Cholera in southern India
Disease focus: Cholera
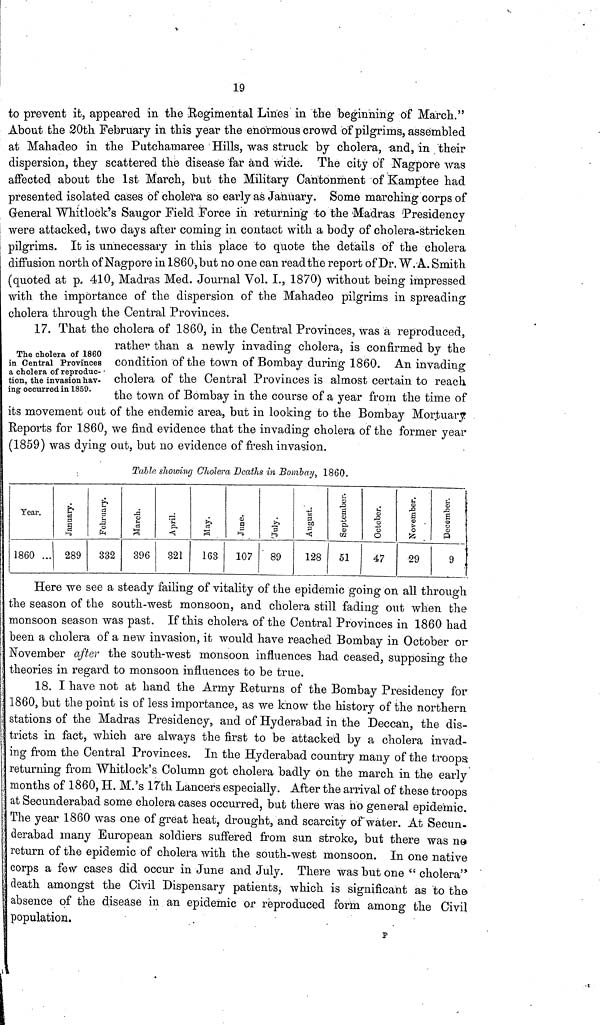
19
to prevent it, appeared in the Regimental Lines in the beginning of March."
About the 20th February in this year the enormous crowd of pilgrims, assembled
at Mahadeo in the Putchamaree Hills, was struck by cholera, and, in their
dispersion, they scattered the disease far and wide. The city of Nagpore was
affected about the 1st March, but the Military Cantonment of Kamptee had
presented isolated cases of cholera so early as January. Some marching corps of
General Whitlock's Saugor Field Force in returning to the Madras Presidency
were attacked, two days after coming in contact with a body of cholera-stricken
pilgrims. It is unnecessary in this place to quote the details of the cholera
diffusion north of Nagpore in 1860, but no one can read the report of Dr. W. A. Smith
(quoted at p, 410, Madras Med. Journal Vol. I., 1870) without being impressed
with the importance of the dispersion of the Mahadeo pilgrims in spreading
cholera through the Central Provinces.
The cholera of 1860
in Central Provinces
a cholera of reproduc-
tion, the invasion hav-
ing occurred in 1859.
17. That the cholera of 1860, in the Central Provinces, was a reproduced,
rather- than a newly invading cholera, is confirmed by the
condition of the town of Bombay during 1860. An invading
cholera of the Central Provinces is almost certain to reach
the town of Bombay in the course of a year from the time of
its movement out of the endemic area, but in looking to the Bombay Mortuary
Reports for 1860, we find evidence that the invading cholera of the former year
(1859) was dying out, but no evidence of fresh invasion.
Table showing Cholera Deaths in Bombay, 1860.
Year.
1860 ...
January.
289
February.
332
March.
396
April.
321
May.
163
Jun.
107
July.
89
August.
128
September.
51
October.
47
November.
29
December.
9
Here we see a steady failing of vitality of the epidemic going on all through
the season of the south-west monsoon, and cholera still fading out when the
monsoon season was past. If this cholera of the Central Provinces in 1860 had
been a cholera of a new invasion, it would have reached Bombay in October or
November after the south-west monsoon influences had ceased, supposing the
theories in regard to monsoon influences to be true.
18. I have not at hand the Army Returns of the Bombay Presidency for
1860, but the point is of less importance, as we know the history of the northern
stations of the Madras Presidency, and of Hyderabad in the Deccan, the dis-
tricts in fact, which are always the first to be attacked by a cholera invad-
ing from the Central Provinces. In the Hyderabad country many of the troops
returning from Whitlock's Column got cholera badly on the march in the early
months of 1860, H. M.'s 17th Lancers especially. After the arrival of these troops
at Secunderabad some cholera cases occurred, but there was no general epidemic.
The year 1860 was one of great heat, drought, and scarcity of water. At Secun-
derabad many European soldiers suffered from sun stroke, but there was no
return of the epidemic of cholera with the south-west monsoon. In one native
corps a few cases did occur in June and July. There was but one " cholera"
death amongst the Civil Dispensary patients, which is significant as to the
absence of the disease in an epidemic or reproduced form among the Civil
population.
p